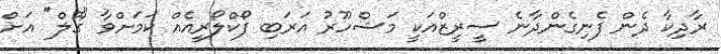
ރާދިކާ ދެން ފެނިގެންދާނެ ސީރީޒްއަކީ މަޝްހޫރު އަރަބި ފޯކްލޯރީއެއް ކަމަށްވާ "ގޫލް" އަށް